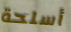
أسلحة